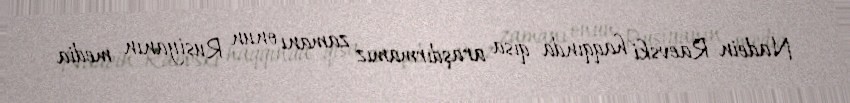
Nadein-Raevski haqqında qısa araşdırmamız zamanı onun Rusiyanın media